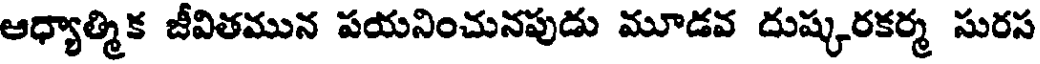
ఆధ్యాత్మిక జీవితమున పయనించునపుడు మూడవ దుష్కరకర్మ సురస